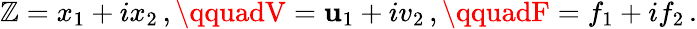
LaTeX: \mathbb{Z}=x_{1}+ix_{2}\, ,\qquadV=\mathbf{u}_{1}+iv_{2}\, ,\qquadF=f_{1}+if_{2}\, .